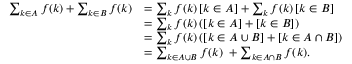
{ \begin{array} { r l } { \sum _ { k \in A } f ( k ) + \sum _ { k \in B } f ( k ) } & { = \sum _ { k } f ( k ) \, [ k \in A ] + \sum _ { k } f ( k ) \, [ k \in B ] } \\ & { = \sum _ { k } f ( k ) \, ( [ k \in A ] + [ k \in B ] ) } \\ & { = \sum _ { k } f ( k ) \, ( [ k \in A \cup B ] + [ k \in A \cap B ] ) } \\ & { = \sum _ { k \in A \cup B } f ( k ) \ + \sum _ { k \in A \cap B } f ( k ) . } \end{array} }